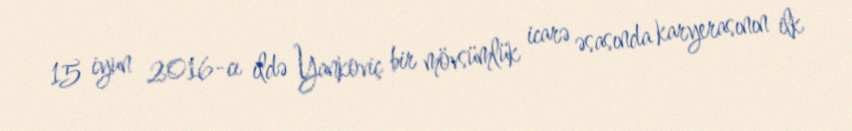
15 iyun 2016-cı ildə Yankoviç bir mövsümlük icarə əsasında karyerasının ilk